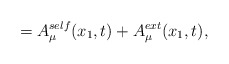
\begin{align*}=A_{\mu}^{self}(x_1,t) + A_{\mu}^{ext}(x_1,t),\end{align*}